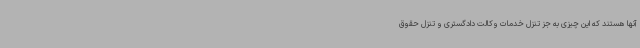
آنها هستند که این چیزی به جز تنزل خدمات وکالت دادگستری و تنزل حقوق